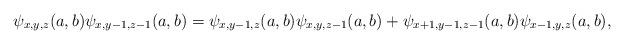
LaTeX: \begin{align*}\psi_{x,y,z}(a,b)\psi_{x,y-1,z-1}(a,b)=\psi_{x,y-1,z}(a,b)\psi_{x,y,z-1}(a,b)+\psi_{x+1,y-1,z-1}(a,b)\psi_{x-1,y,z}(a,b),\end{align*}